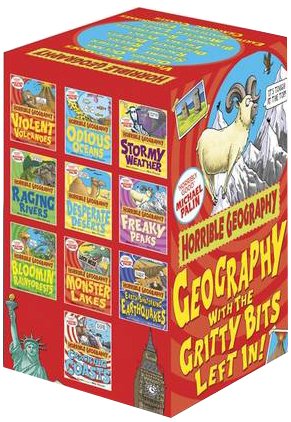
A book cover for Horrible Geography; Anita Ganeri; Science & Math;